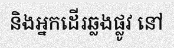
និងអ្នកដើរឆ្លងផ្លូវ នៅ